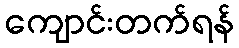
ကျောင်းတက်ရန်